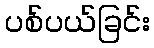
ပစ်ပယ်ခြင်း